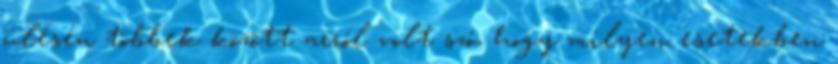
ülésén többek között arról volt szó, hogy milyen esetekben